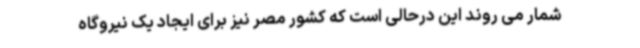
شمار می روند این درحالی است که کشور مصر نیز برای ایجاد یک نیروگاه